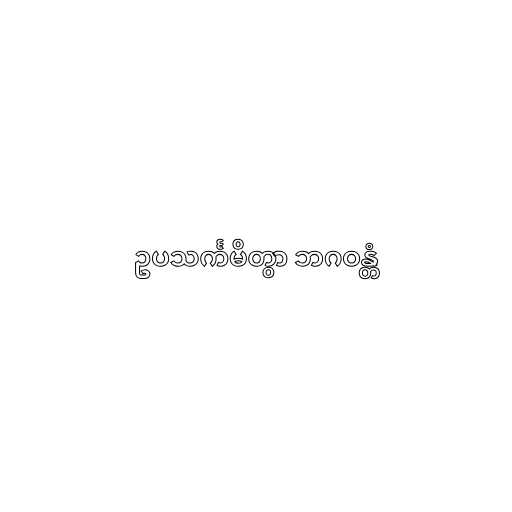
ဥပသင်္ကမိတွာ ဘဂဝန္တံ